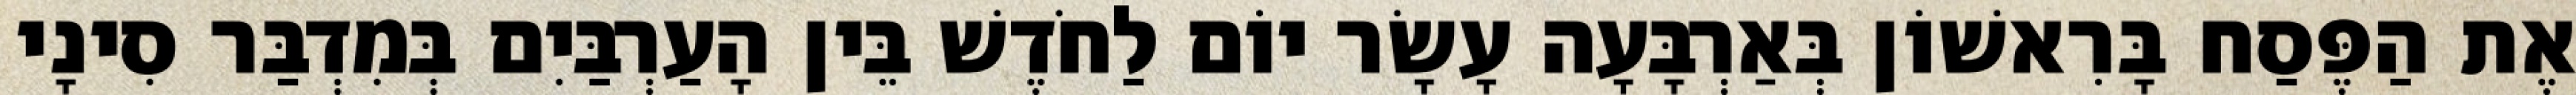
אֶת הַפֶּסַח בָּרִאשׁוֹן בְּאַרְבָּעָה עָשָׂר יוֹם לַחֹדֶשׁ בֵּין הָעַרְבַּיִם בְּמִדְבַּר סִינָי